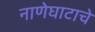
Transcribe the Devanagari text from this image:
नाणेघाटाचे